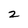
Character: 2